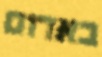
באדום